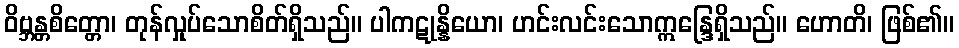
ဝိဗ္ဘန္တစိတ္တော၊ တုန်လှုပ်သောစိတ်ရှိသည်။ ပါကဋုန္နိယော၊ ဟင်းလင်းသောဣန္ဒြေရှိသည်။ ဟောတိ၊ ဖြစ်၏။